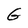
Character: G